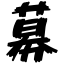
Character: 募